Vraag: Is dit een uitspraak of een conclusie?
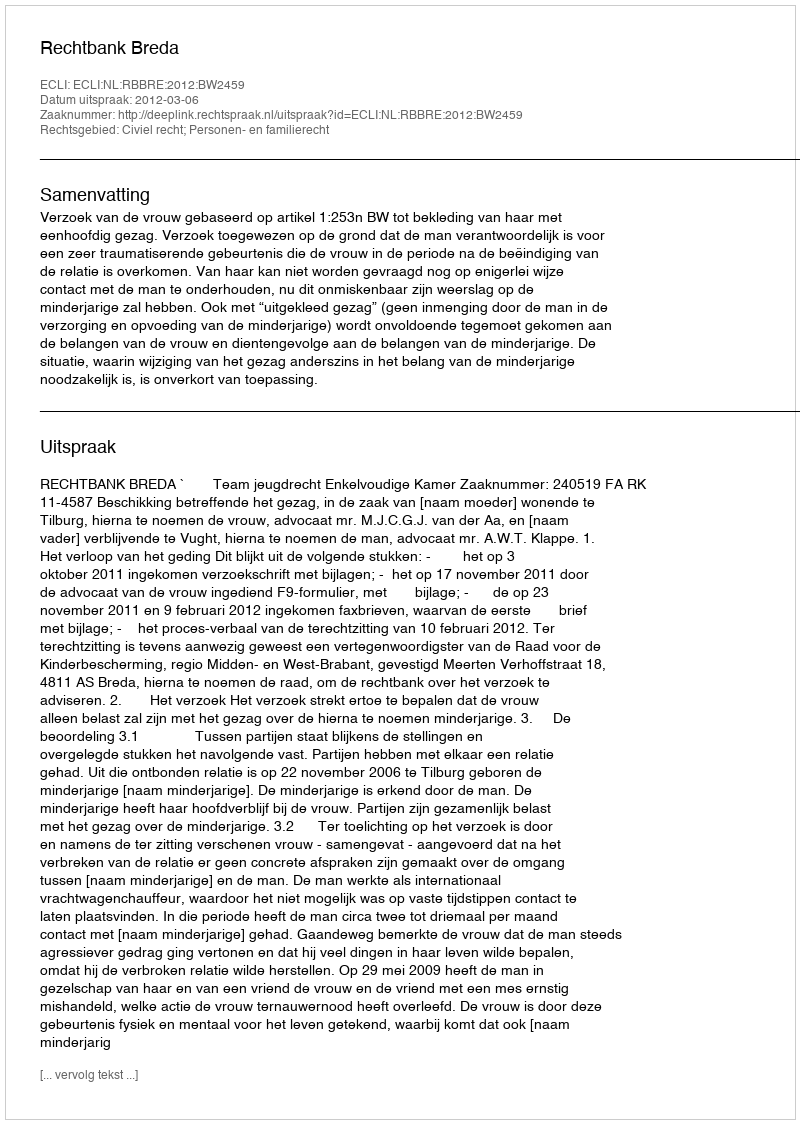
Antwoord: Uitspraak